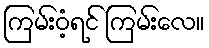
ကြမ်းဝံ့ရင် ကြမ်းလေ။